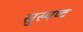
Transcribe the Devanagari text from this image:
सुस्‍पष्‍ट